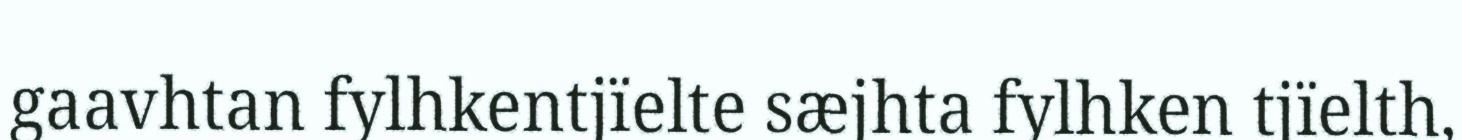
gaavhtan fylhkentjïelte sæjhta fylhken tjïelth,